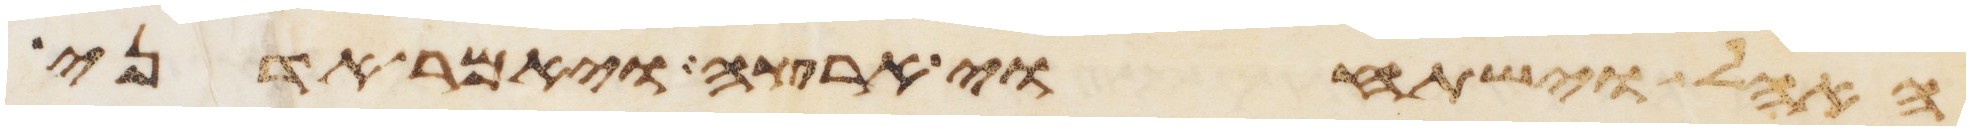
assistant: האהל וישתחוי ארצה ויאמר אדני